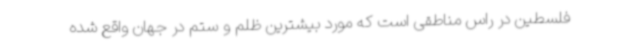
فلسطین در راس مناطقی است که مورد بیشترین ظلم و ستم در جهان واقع شده